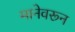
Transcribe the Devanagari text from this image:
मानेवरून